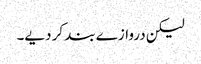
لیکن دروازے بند کر دیے۔